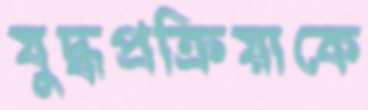
যুদ্ধপ্রক্রিয়াকে